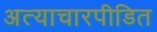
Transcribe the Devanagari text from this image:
अत्याचारपीडित